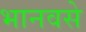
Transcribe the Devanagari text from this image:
भानवसे